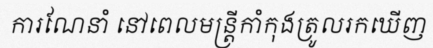
ការណែនាំ នៅពេលមន្ត្រីកាំកុងត្រូលរកឃើញ